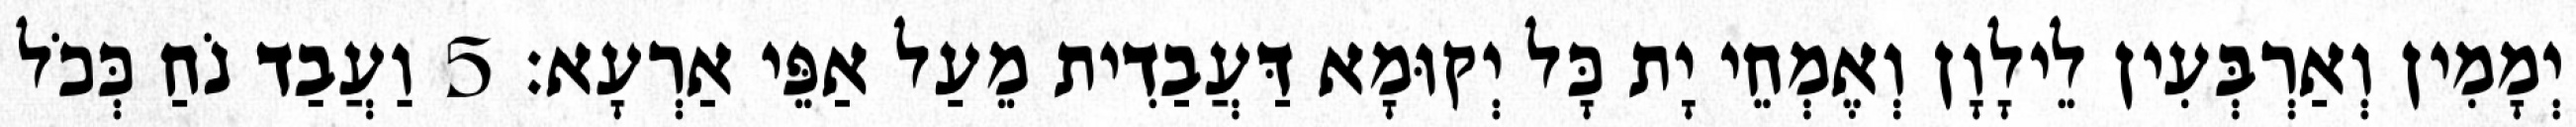
יְמָמִין וְאַרְבְּעִין לֵילָוָן וְאֶמְחֵי יָת כָּל יְקוּמָא דַּעֲבַדִית מֵעַל אַפֵּי אַרְעָא׃ 5 וַעֲבַד נֹחַ כְּכֹל